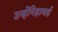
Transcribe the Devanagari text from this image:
उन्होंनेहावर्ड